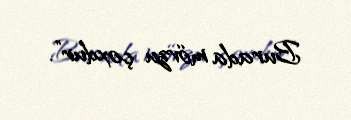
Burada mövzu çoxdur”.